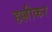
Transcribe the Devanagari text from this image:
हल्लीकर